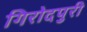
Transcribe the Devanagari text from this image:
गिरोदपुरी